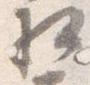
相